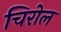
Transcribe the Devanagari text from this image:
चिरोल